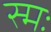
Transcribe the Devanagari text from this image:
स्मः